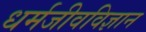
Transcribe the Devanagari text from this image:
धर्मजीवविज्ञान